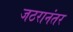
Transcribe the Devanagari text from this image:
जठरानंतर